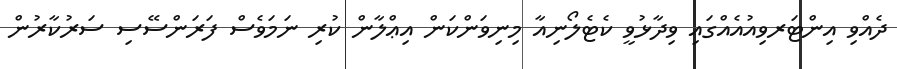
ދެއްވި އިންޓަރވިއުއެއްގައި ވިދާޅުވީ ކެޓެލޯނިއާ މިނިވަންކަން އިޢްލާން ކުރި ނަމަވެސް ފަރަންސޭސި ސަރުކާރުން